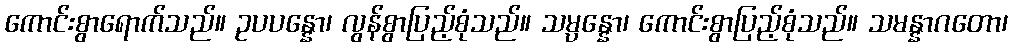
ကောင်းစွာရောက်သည်။ ဥပပန္နော၊ လွန်စွာပြည့်စုံသည်။ သမ္ပန္နော၊ ကောင်းစွာပြည့်စုံသည်။ သမန္နာဂတော၊